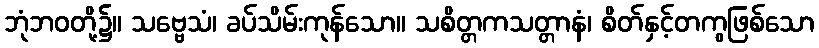
ဘုံဘဝတို့၌။ သဗ္ဗေသံ၊ ခပ်သိမ်းကုန်သော။ သစိတ္တကသတ္တာနံ၊ စိတ်နှင့်တကွဖြစ်သော